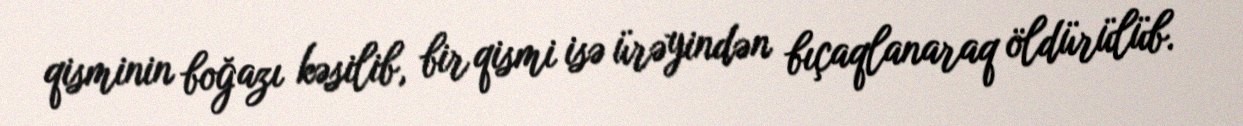
qisminin boğazı kəsilib, bir qismi isə ürəyindən bıçaqlanaraq öldürülüb.